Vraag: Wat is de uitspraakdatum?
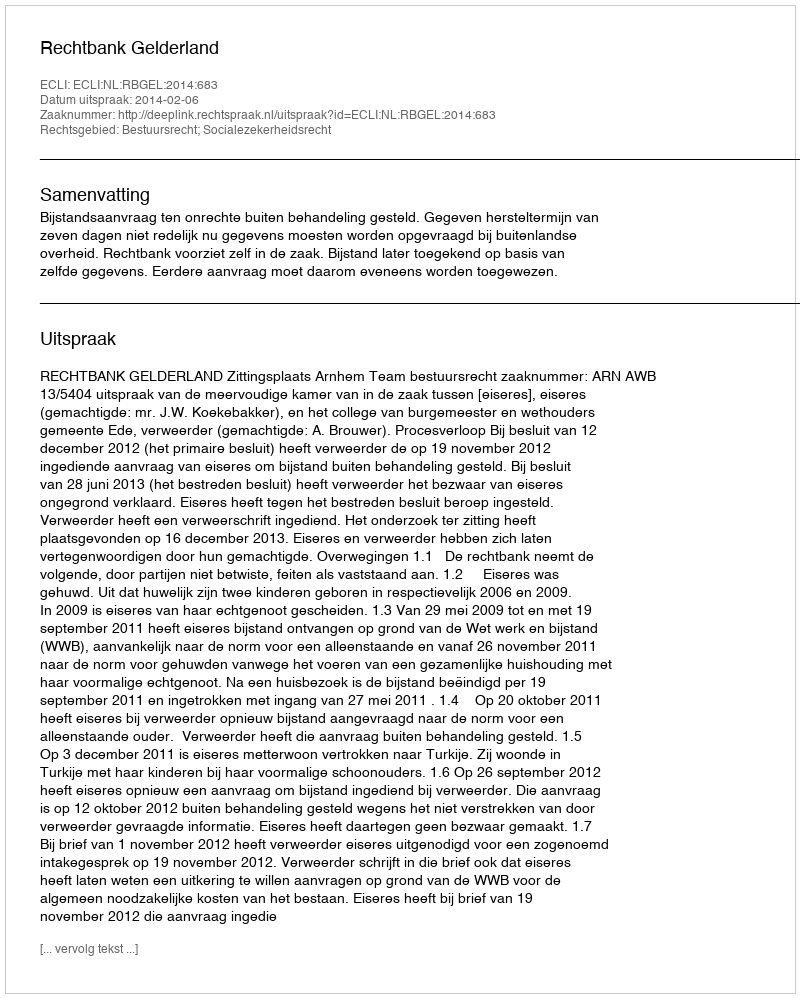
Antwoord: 2014-02-06